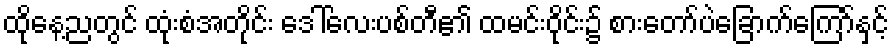
ထိုနေ့ညတွင် ထုံးစံအတိုင်း ဒေါ်လေးပစ်တီ၏ ထမင်းဝိုင်း၌ စားတော်ပဲခြောက်ကြော်နှင့်